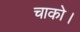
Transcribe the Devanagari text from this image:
चाको।